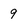
Character: 9